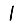
Digit: 1